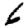
Digit: 6